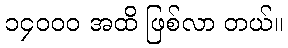
၁၄၀၀၀ အထိ ဖြစ်လာ တယ်။